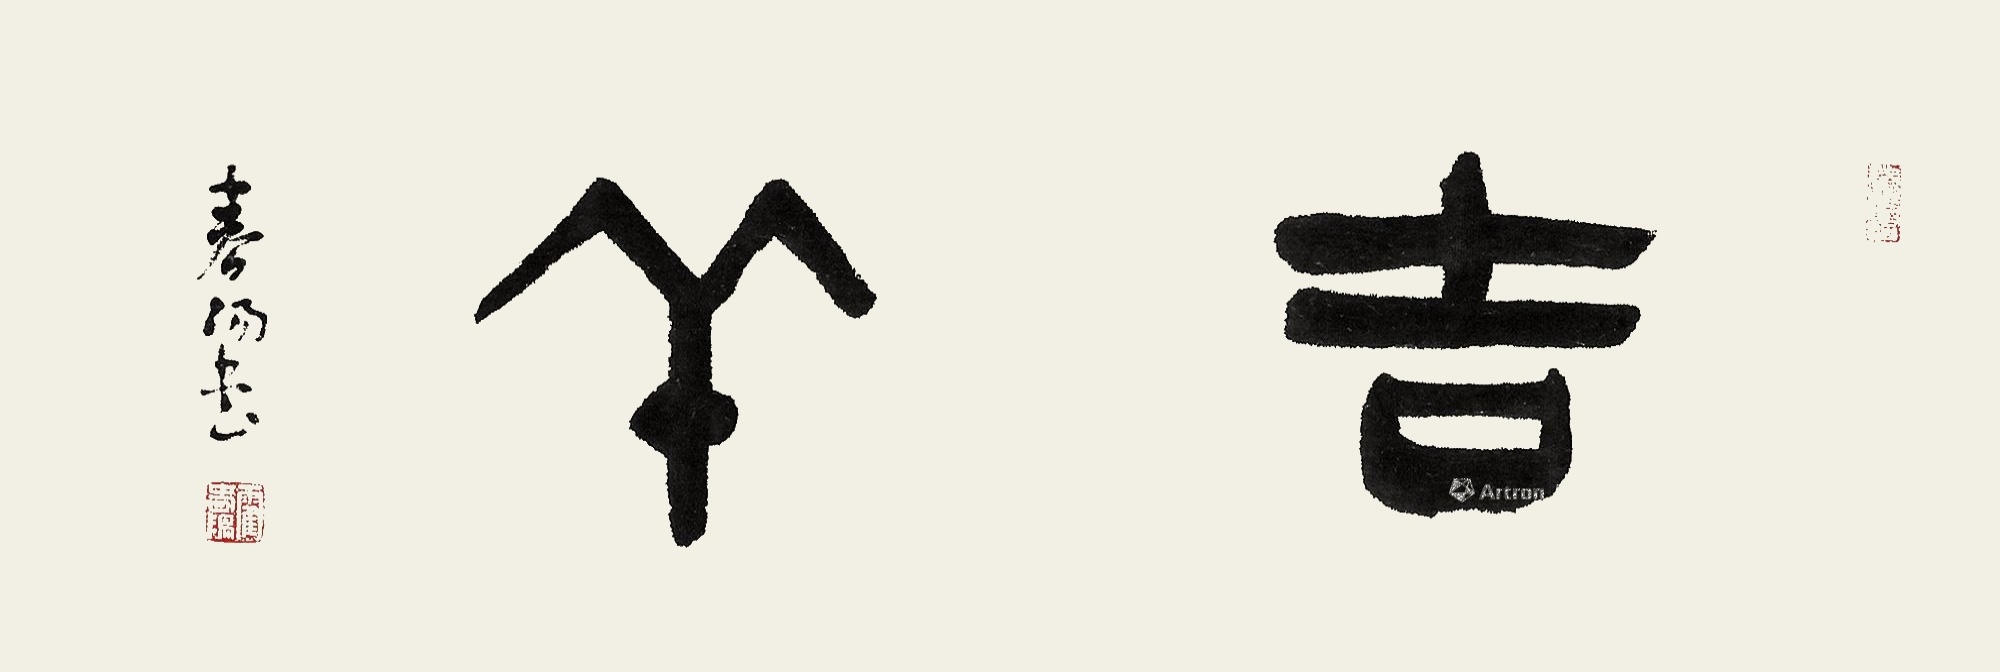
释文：吉羊。春阳书。